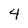
Character: 4